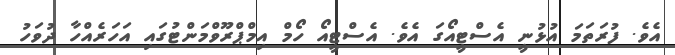
އެވެ. ފުރަތަމަ އުޅުނީ އެސްޓީއޯގަ އެވެ. އެސްޓީއޯ ހޯމް އިމްޕްރޫވްމަންޓުގައި އަހަރެއްހާ ދުވަހު